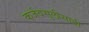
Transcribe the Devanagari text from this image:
कर्जवसुलीसाठी